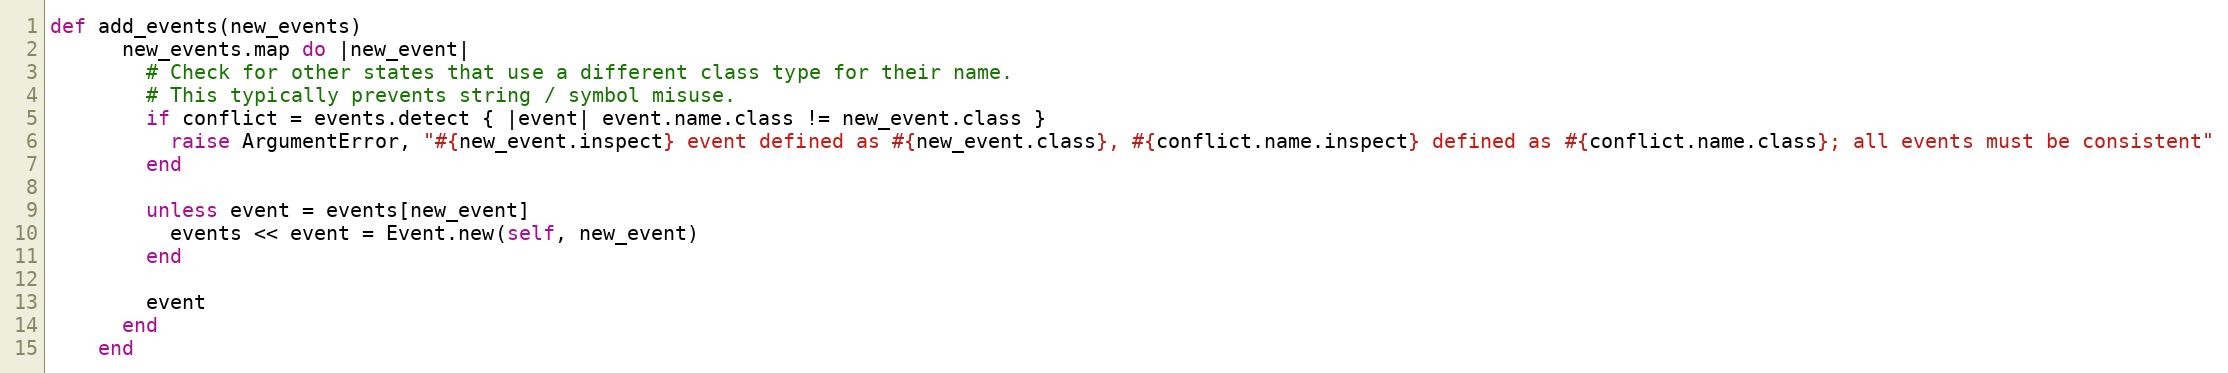
Language: Ruby
def add_events(new_events)
      new_events.map do |new_event|
        # Check for other states that use a different class type for their name.
        # This typically prevents string / symbol misuse.
        if conflict = events.detect { |event| event.name.class != new_event.class }
          raise ArgumentError, "#{new_event.inspect} event defined as #{new_event.class}, #{conflict.name.inspect} defined as #{conflict.name.class}; all events must be consistent"
        end

        unless event = events[new_event]
          events << event = Event.new(self, new_event)
        end

        event
      end
    end